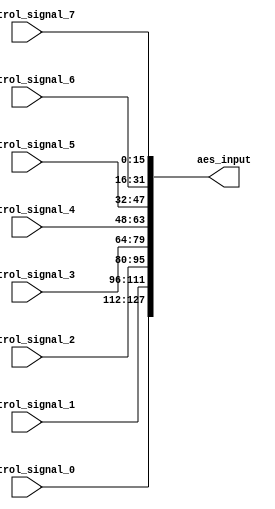
module intermediate_module (
    input [15:0] control_signal_0,
    input [15:0] control_signal_1,
    input [15:0] control_signal_2,
    input [15:0] control_signal_3,
    input [15:0] control_signal_4,
    input [15:0] control_signal_5,
    input [15:0] control_signal_6,
    input [15:0] control_signal_7,
    output reg [127:0] aes_input
);
    always @(*) begin
        aes_input = {control_signal_0, control_signal_1, control_signal_2, control_signal_3,
                     control_signal_4, control_signal_5, control_signal_6, control_signal_7};
    end
endmodule